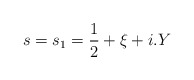
\begin{align*}s=s_1=\frac{1}{2}+\xi +i.Y\end{align*}